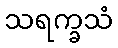
သရက္ခသံ